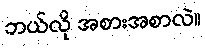
ဘယ်လို အစားအစာလဲ။